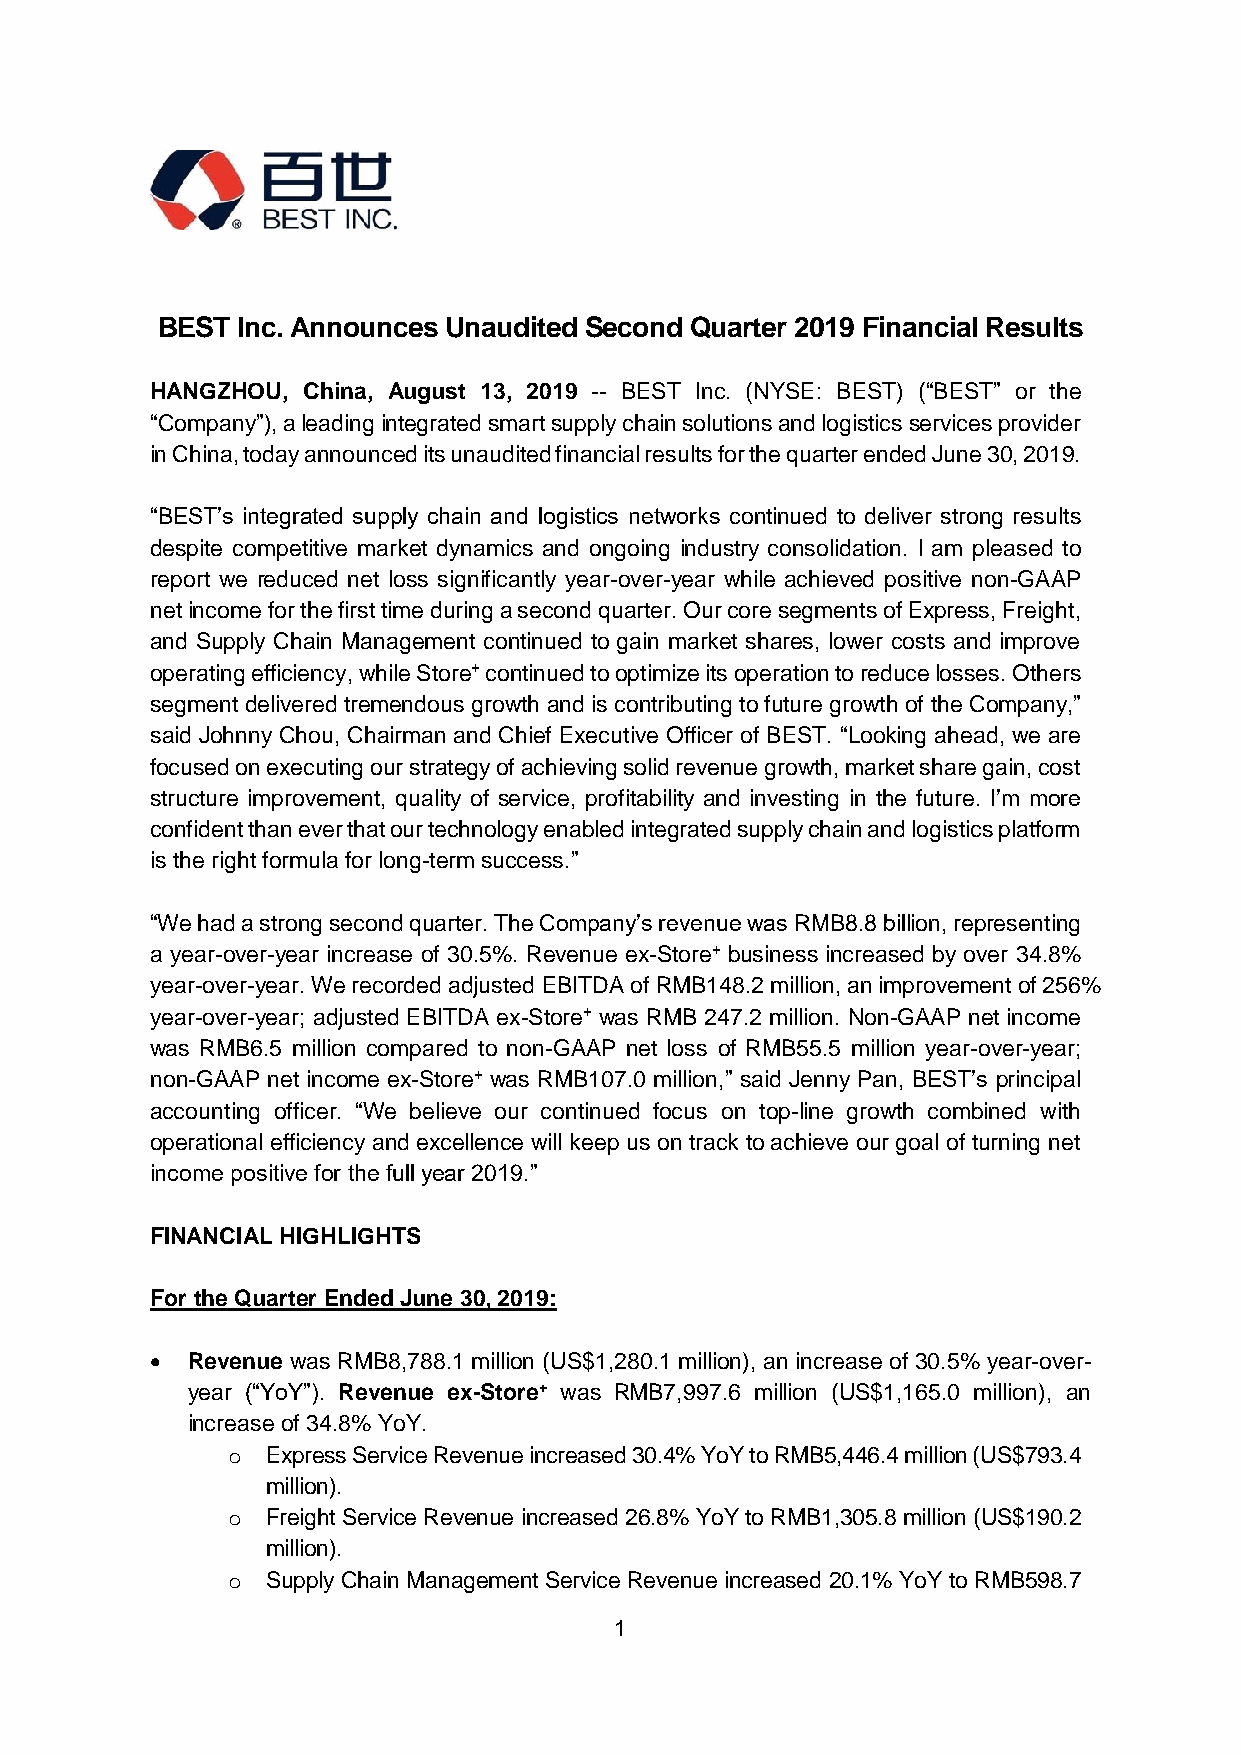
BEST  Inc. Announces Unaudited Second Quarter 2019 Financial Results
 HANGZHOU, China, August 13, 2019 -- BEST Inc. (NYSE: BEST) (“BEST” or the
 “Company”), a leading integrated smart supply chain solutions and logistics services provider
 in China, today announced its unaudited financial results for the quarter ended June 30, 2019.
 “BEST’s integrated supply chain and logistics networks continued to deliver strong results
 despite competitive market dynamics and ongoing industry consolidation. I am pleased to
 report we reduced net loss significantly year-over-year while achieved positive non-GAAP
 net income for the first time during a second quarter. Our core segments of Express, Freight,
 and Supply Chain Management continued to gain market shares, lower costs and improve
 operating efficiency, while Store+ continued to optimize its operation to reduce losses. Others
 segment delivered tremendous growth and is contributing to future growth of the Company,”
 said Johnny Chou, Chairman and Chief Executive Officer of BEST. “Looking ahead, we are
 focused on executing our strategy of achieving solid revenue growth, market share gain, cost
 structure improvement, quality of service, profitability and investing in the future. I’m more
 confident than ever that our technology enabled integrated supply chain and logistics platform
 is the right formula for long-term success.”
 “We had a strong second quarter. The Company’s revenue was RMB8.8 billion, representing
 a year-over-year increase of 30.5%. Revenue ex-Store+ business increased by over 34.8%
 year-over-year. We recorded adjusted EBITDA of RMB148.2 million, an improvement of 256%
 year-over-year; adjusted EBITDA ex-Store+ was RMB 247.2 million. Non-GAAP net income
 was RMB6.5 million compared to non-GAAP net loss of RMB55.5 million year-over-year;
 non-GAAP net income ex-Store+ was RMB107.0 million,” said Jenny Pan, BEST’s principal
 accounting officer. “We believe our continued focus on top-line growth combined with
 operational efficiency and excellence will keep us on track to achieve our goal of turning net
 income positive for the full year 2019.”
 FINANCIAL HIGHLIGHTS
 For the Quarter Ended June 30, 2019:
  Revenue was RMB8,788.1 million (US$1,280.1 million), an increase of 30.5% year-over-
 year (“YoY”). Revenue ex-Store+ was RMB7,997.6 million (US$1,165.0 million), an
 increase of 34.8% YoY.
 o  Express Service Revenue increased 30.4% YoY to RMB5,446.4 million (US$793.4
 million).
 o  Freight Service Revenue increased 26.8% YoY to RMB1,305.8 million (US$190.2
 million).
 o  Supply Chain Management Service Revenue increased 20.1% YoY to RMB598.7
 1